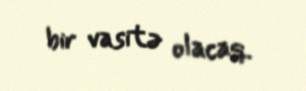
bir vasitə olacaq.